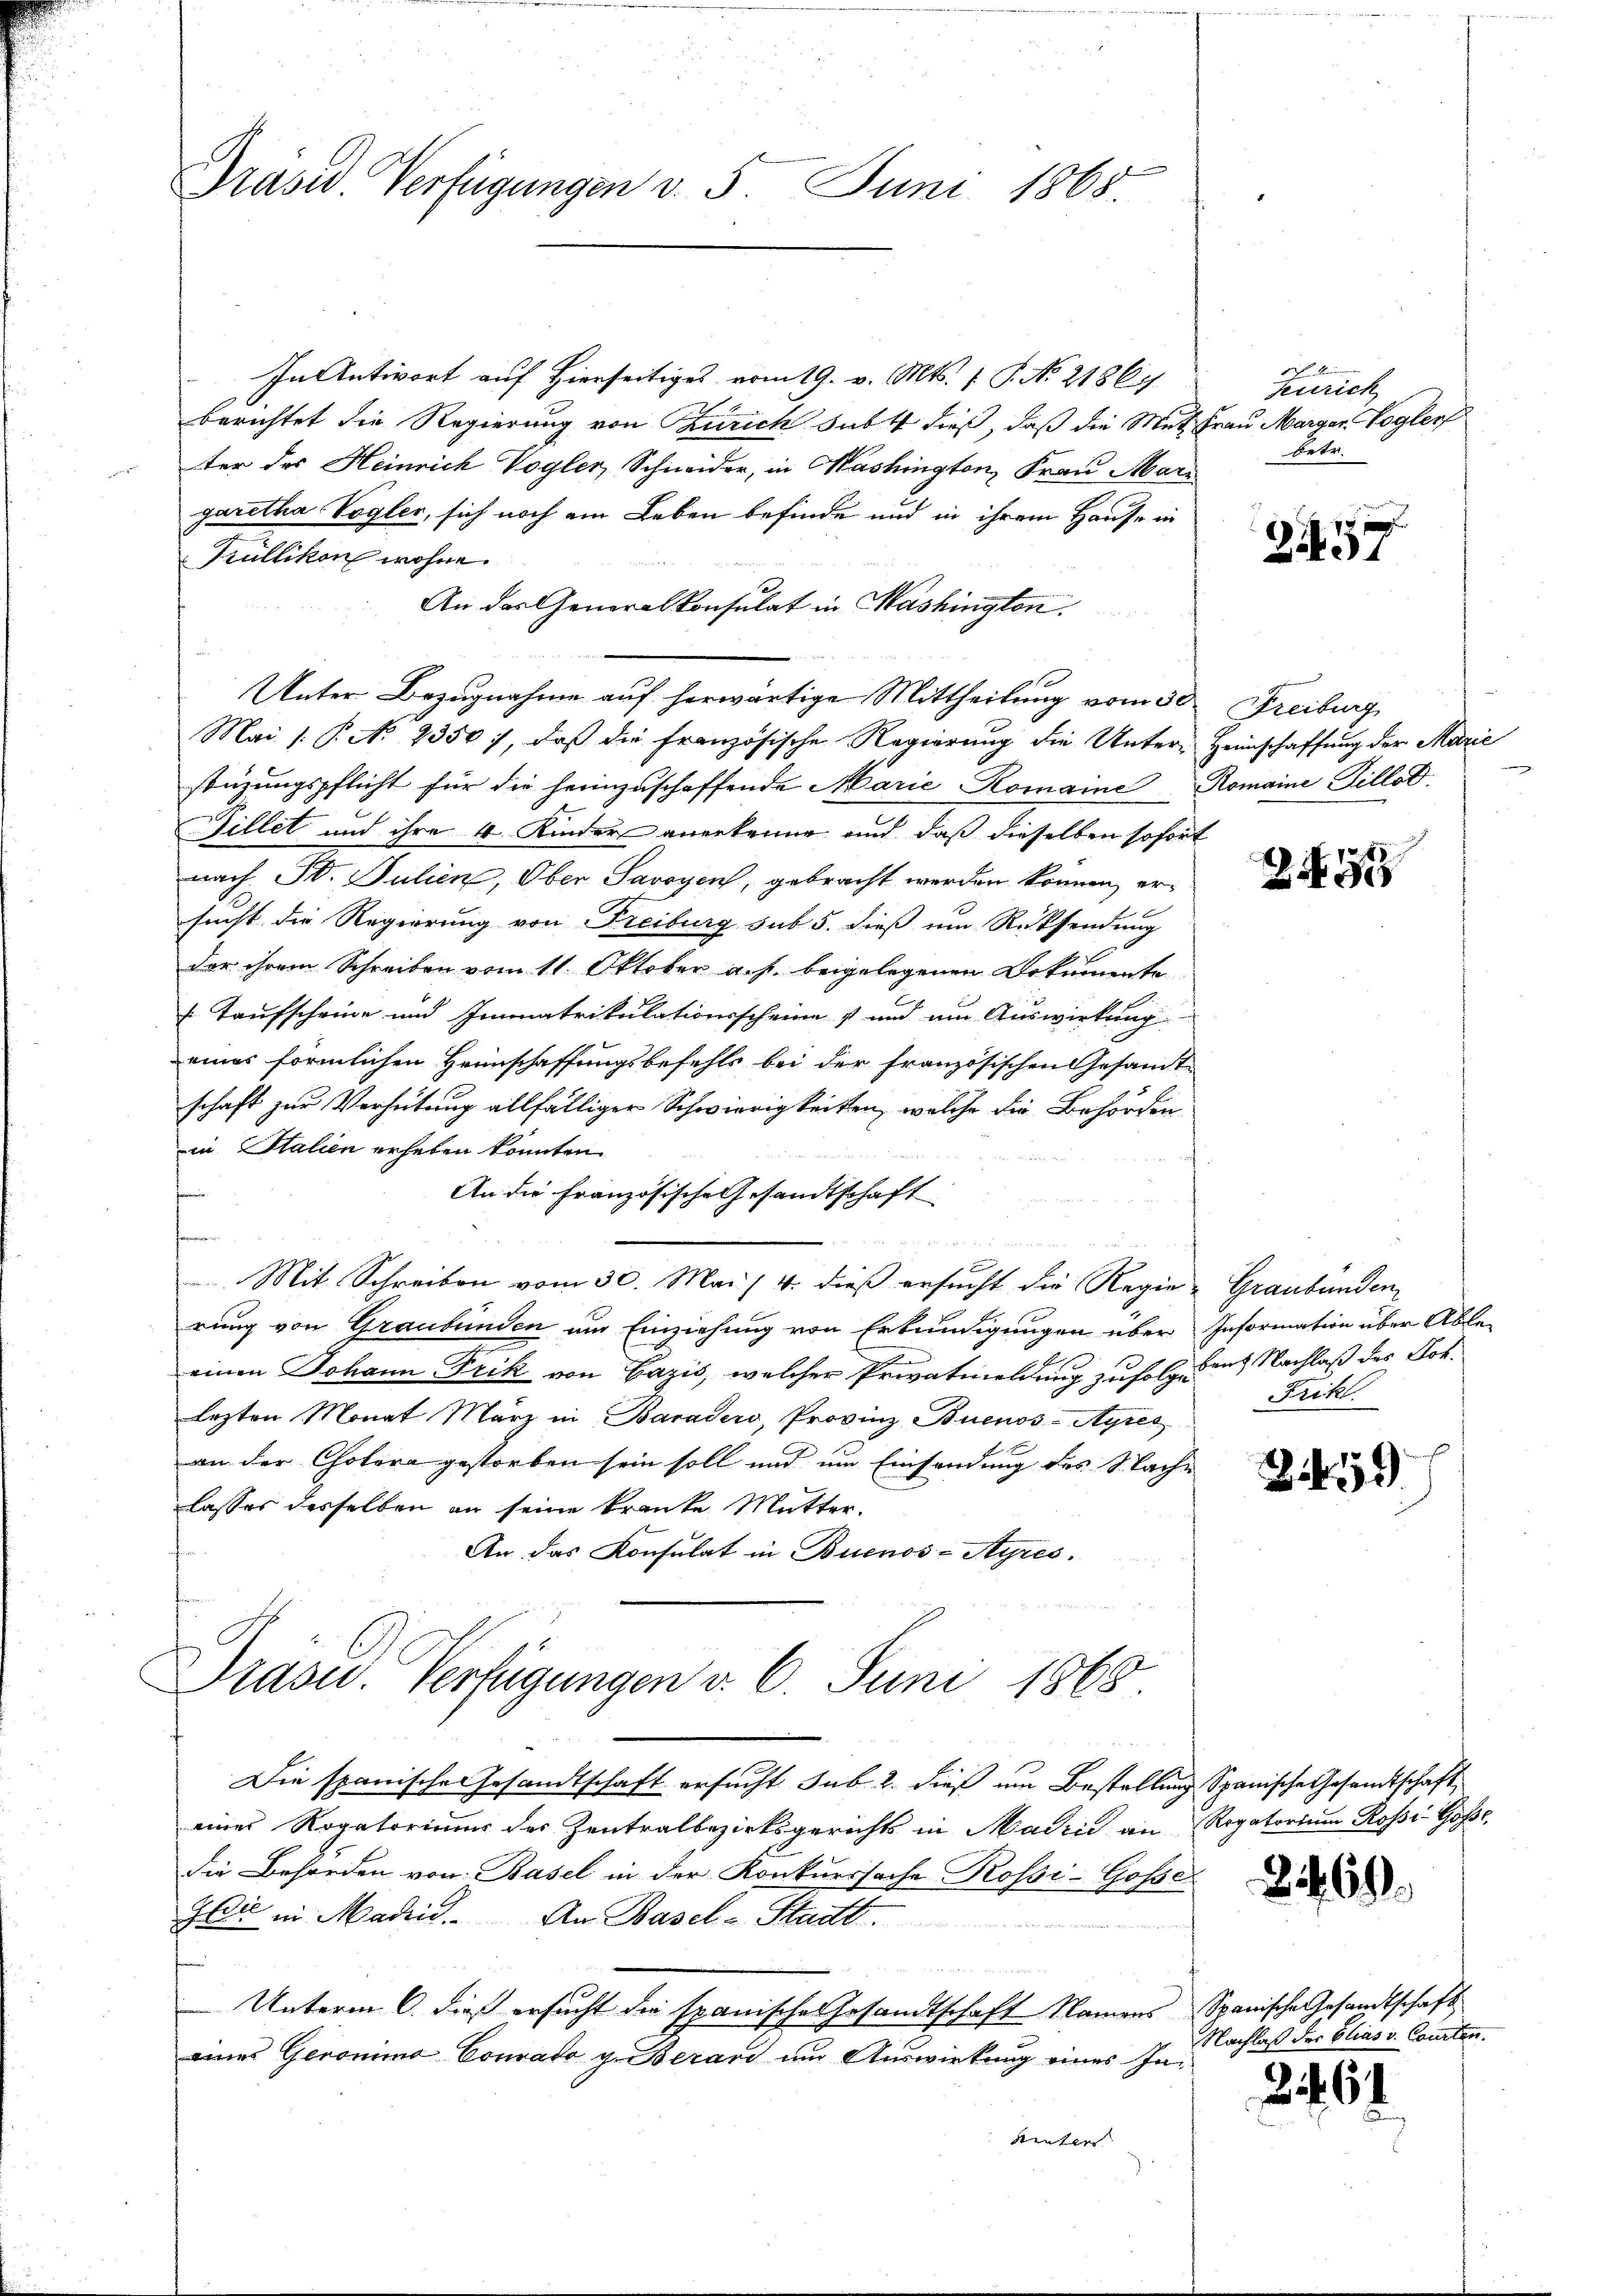
Präsid. Verfügungen v. 5. Juni 1868.

In Antwort auf Hierseitiges vom 19. v. Mts. 1. P. No. 2186/
berichtet die Regierung von Zürich habt dieß, daß die Mut Frau Margar. Vogler
ter des Heinrich Vogler, Schneider, in Mashington, Frau Mari
garetha Vogler, sich noch am Leben befinde und in ihrem Hause in
Trüllikon wohne.
An das Generalkonsulat in Mashington
Unter Bezugnahme auf herwärtige Mittheilung vom 30. Freiburg
Mai /: P. N. 23507, daß die Französische Regierung die Unter-Heimschaffung der Marie
stüzungspflicht für die heimzuschaffende Marie Romaine Romaine Dillot
Fillet und ihre 4 Kinders anerkenne und daß dieselben sofort
nach St. Julien, Ober Savoyen, gebracht werden können, ersucht die Regierung von Freiburg sub 5. dieß um Rücksendung
Der ihrem Schreiben vom 11. Oktober a. p. beigelegenen Dokumente
Taufscheine und Immatrikulationsscheine v und am Auswirkung
eines förmlichen Heimschaffungsbefehls bei der französischen Gesamt
schaft zur Verhütung allfälliger Schwierigkeiten, welche die Behörden
in Italien erheben könnten.
An die Französische Gesandtschaft
Mit Schreiben vom 30. Mai / 4. dieß ersucht die Regier-Graubünden
rung von Graubünden am Einziehung von Erkundigungen über Information über Able-
e
einen Johann Frik von Gazis, welcher Privatmeldung zufolge des Nachlaß des Joh.
lezten Monat März in Baradero, Provinz Buenos-Ayres
an der Cholera gestorben sein soll und um Einsendung des Nache
lasses desselben an seine kranke Mutter.
An das Konsulat in Buenos-Ayres.
Präsid. Verfügungen v. 6. Juni 1865
Die spanische Gesandtschaft ersucht. sub. 2. dieß um Bestellung Spanische Gesandtschaft
einer Rogatoriums der Zentralbezirksgerichts in Madzić an Rogatorium Rossi-Gossedie Behörden von Basel in der Konkurssache Rossi-Gosse
Zu in Madrid. An Basel-Stadt.
Unterm 6. dieß ersucht die spanische Gesandtschaft Namens Spanische Gesandtschaft
eines Geronimo Conrado g. Berard um Auswirkung eines In¬
Sinter

2
Zeurich
betr.

257

255

Frikl.

31459

2469.

Nachlaß der Elias v. Courten.

2464